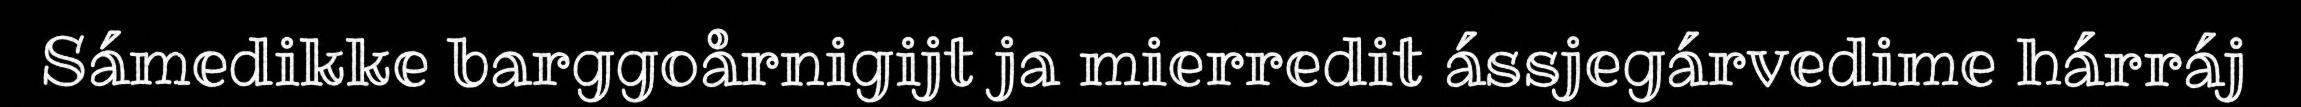
Sámedikke barggoårnigijt ja mierredit ássjegárvedime hárráj